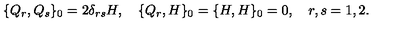
\{ Q _ { r } , Q _ { s } \} _ { 0 } = 2 \delta _ { r s } H , \quad \{ Q _ { r } , H \} _ { 0 } = \{ H , H \} _ { 0 } = 0 , \quad r , s = 1 , 2 .